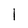
Character: 1